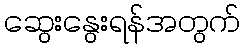
ဆွေးနွေးရန်အတွက်